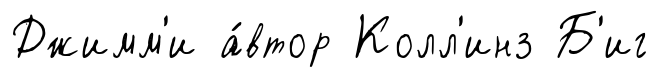
Джимм'и а́втор Колл'инз Б'иг